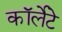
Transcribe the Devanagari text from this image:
कॉर्लेटे